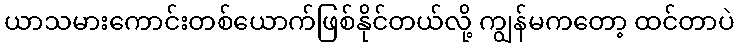
ယာသမားကောင်းတစ်ယောက်ဖြစ်နိုင်တယ်လို့ ကျွန်မကတော့ ထင်တာပဲ